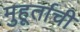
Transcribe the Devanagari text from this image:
मुहूर्ताची